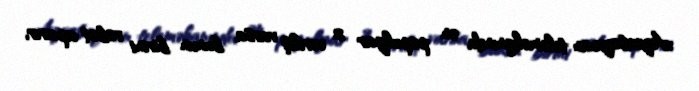
Azərbaycan teleməkanında ən populyar 2 veriliş varsa bunun birini robot aparır,